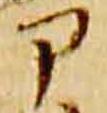
ア